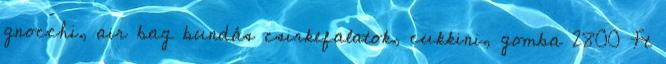
gnocchi, air bag bundás csirkefalatok, cukkini, gomba 2800 Ft